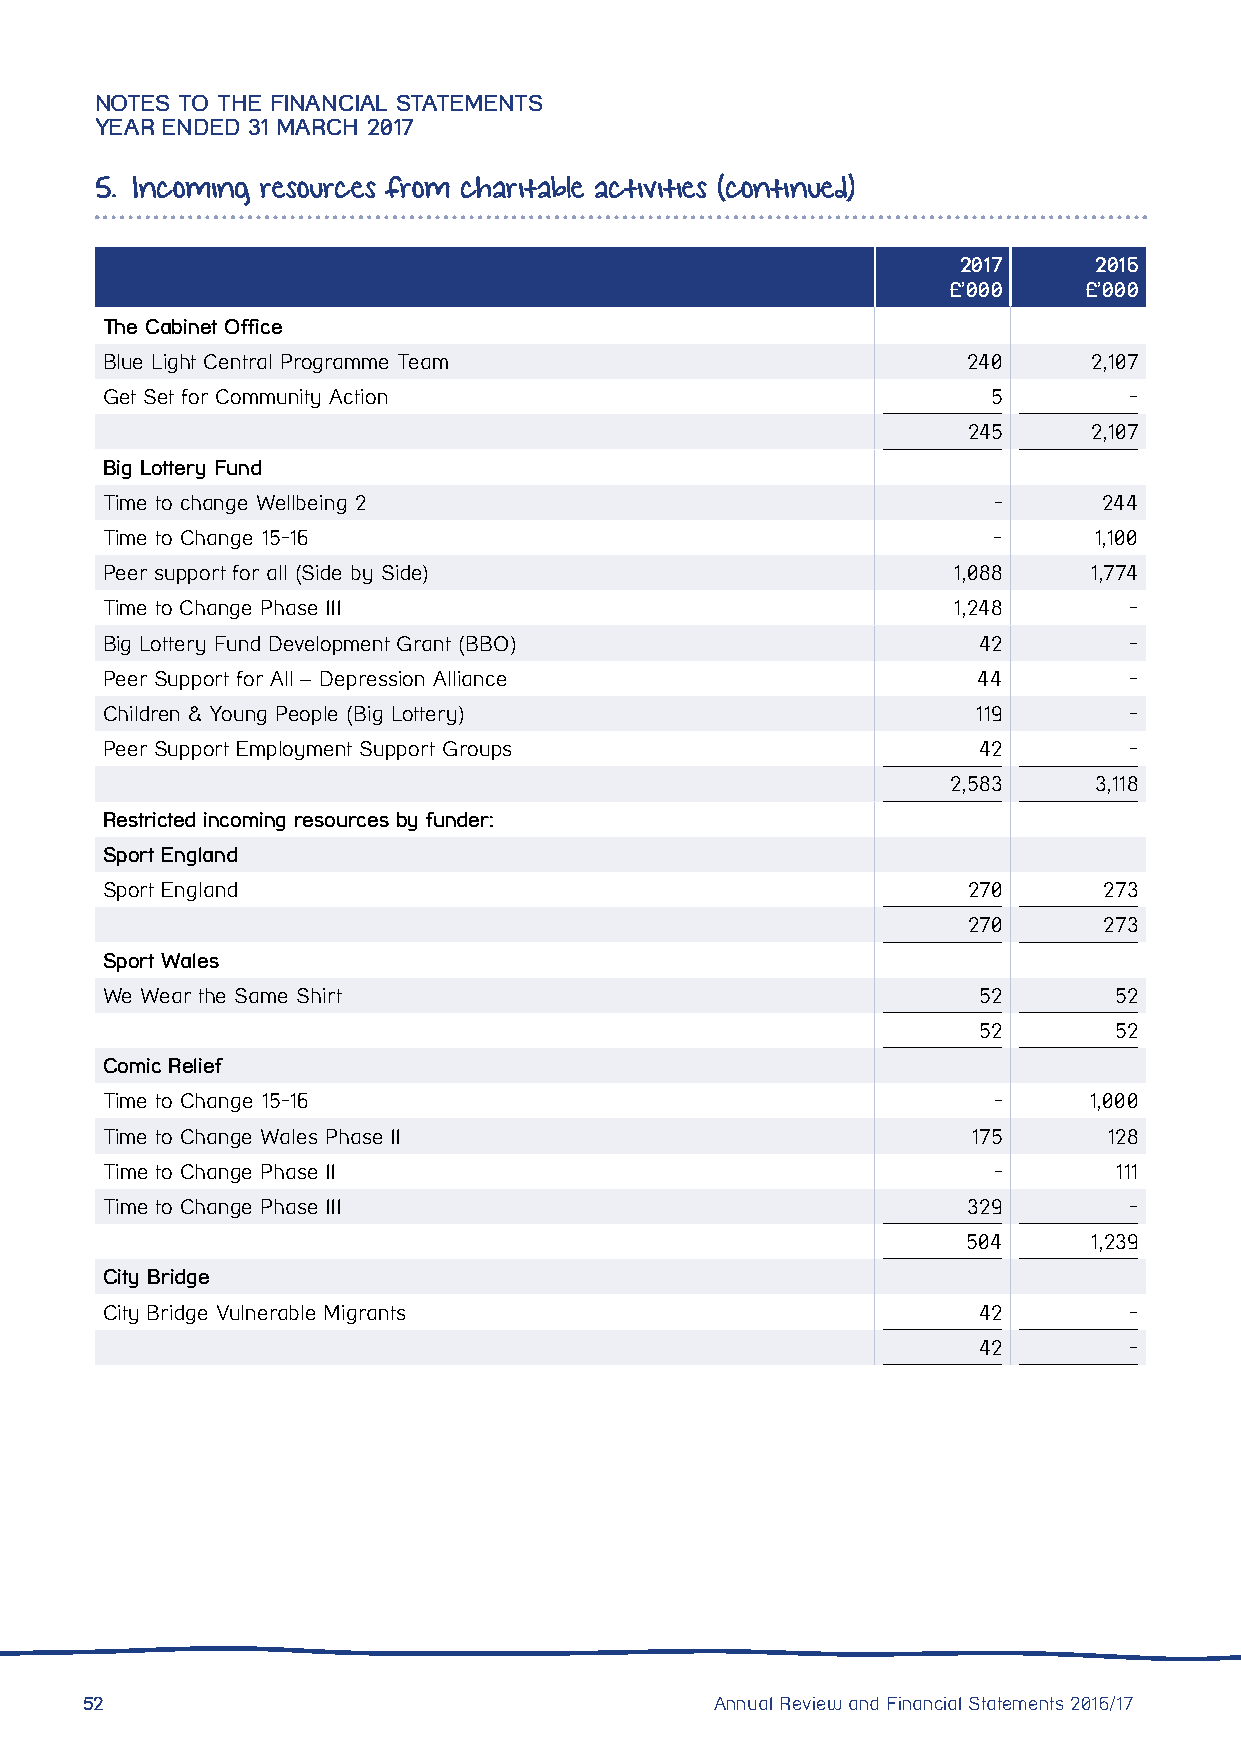
NOTES TO THE FINANCIAL STATEMENTS
 YEAR ENDED 31 MARCH 2017
 5. Incoming resources from charitable activities (continued)
 2017     2016
 £’000    £’000
 The Cabinet Office
 Blue Light Central Programme Team                        240     2,107
 Get Set for Community Action                               5        -
 245     2,107
 Big Lottery Fund
 Time to change Wellbeing 2                                 -      244
 Time to Change 15-16                                       -     1,100
 Peer support for all (Side by Side)                     1,088    1,774
 Time to Change Phase III                                1,248       -
 Big Lottery Fund Development Grant (BBO)                  42        -
 Peer Support for All – Depression Alliance                44        -
 Children & Young People (Big Lottery)                     119       -
 Peer Support Employment Support Groups                    42        -
 2,583    3,118
 Restricted incoming resources by funder:
 Sport England
 Sport England                                            270      273
 270      273
 Sport Wales
 We Wear the Same Shirt                                    52       52
 52       52
 Comic Relief
 Time to Change 15-16                                       -     1,000
 Time to Change Wales Phase II                            175      128
 Time to Change Phase II                                    -       111
 Time to Change Phase III                                 329        -
 504     1,239
 City Bridge
 City Bridge Vulnerable Migrants                           42        -
 42        -
 52                                        Annual Review and Financial Statements 2016/17